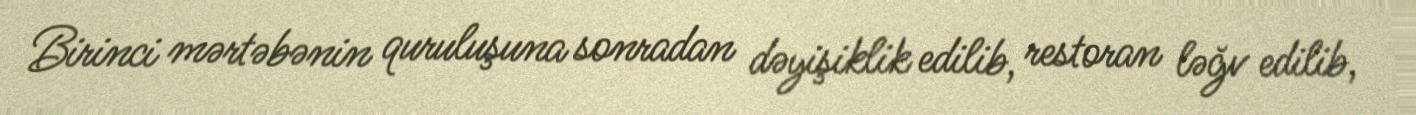
Birinci mərtəbənin quruluşuna sonradan dəyişiklik edilib, restoran ləğv edilib,